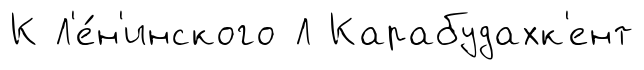
К Л'е́н'инского Л Карабудахк'ент